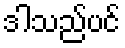
ဒါသည်ပင်